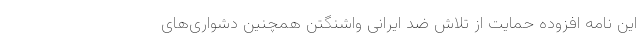
این نامه افزوده حمایت از تلاش ضد ایرانی واشنگتن همچنین دشواری‌های